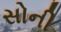
સોની